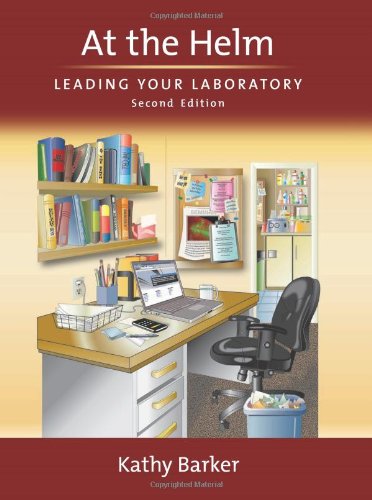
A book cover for At the Helm: Leading Your Laboratory, Second Edition; Kathy Barker; Medical Books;